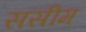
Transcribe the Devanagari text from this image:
ससीम